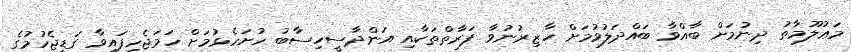
މަޢުލޫމާތު ދިނުމަށް ބާއްވާ ބައްދަލުވުމަށް ހާޒިރުނުވާ ފަރާތްތަކާއި އަންދާސީހިސާބު ހުށަހެޅުމަށް ހަމަޖެހިފައިވާ ގަޑިޖެހުމުގެ